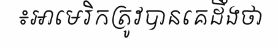
៖អាមេរិកត្រូវបានគេដឹងថា